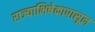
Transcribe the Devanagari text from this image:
राज्याभिषेकापासून